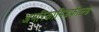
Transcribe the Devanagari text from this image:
अमरिकामिडफील्‍ड